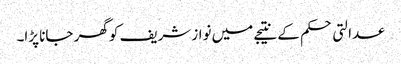
عدالتی حکم کے نتیجے میں نواز شریف کو گھر جانا پڑا۔